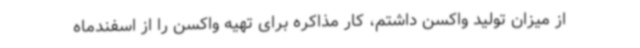
از میزان تولید واکسن داشتم، کار مذاکره برای تهیه‌ واکسن را از اسفندماه